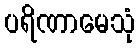
ပရိဏာမေသုံ